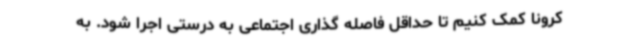
کرونا کمک کنیم تا حداقل فاصله گذاری اجتماعی به درستی اجرا شود. به